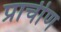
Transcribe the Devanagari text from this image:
प्राचीण